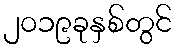
၂၀၁၉ခုနှစ်တွင်